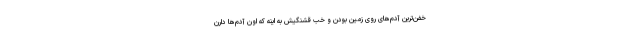
خفن‌ترین آدم‌های روی زمین بودن و خب قشنگیش به اینه که اون آدم‌ها دارن